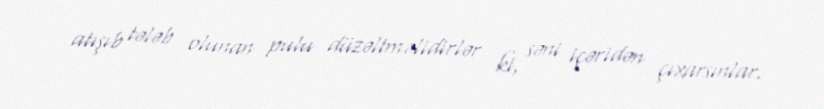
atışıb tələb olunan pulu düzəltməlidirlər ki, səni içəridən çıxarsınlar.